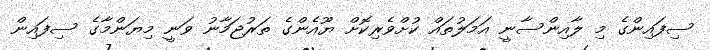
ސިފައިންގެ މި ލާއިންސާނީ އަމަލުތައް ކުށްވެރިކޮށް ޔޫއެންގެ ތަރުޖަމާނު ވަނީ މިޔަންމާގެ ސިފައިން